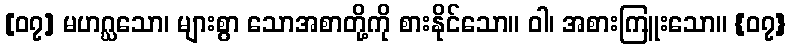
[၀၇] မဟဂ္ဃသော၊ များစွာ သောအစာတို့ကို စားနိုင်သော။ ဝါ၊ အစားကြူးသော။ {၀၇}